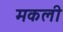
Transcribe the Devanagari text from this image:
मकली